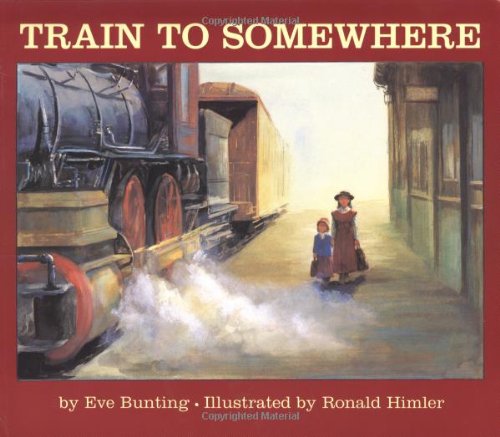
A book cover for Train to Somewhere; Eve Bunting; Children's Books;